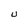
Character: U